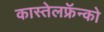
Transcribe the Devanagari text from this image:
कास्तेलफ्रॅन्को